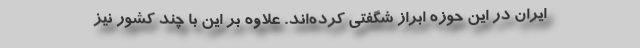
ایران در این حوزه ابراز شگفتی کرده‌اند. علاوه بر این با چند کشور نیز